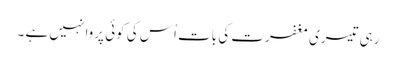
رہی تیسری مغفرت کی بات اُس کی کوئی پروا نہیں ہے ۔